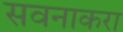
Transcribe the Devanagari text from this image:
सवनाकरा